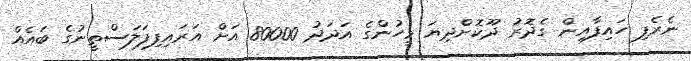
ނެރެފި ހައިފާއިން ގެދޮރު ދޫކޮށްދިޔަ މީހުންގެ އަދަދު 80000 އަށް އަރައިފިފަލަސްތީނުގެ ބައެއް